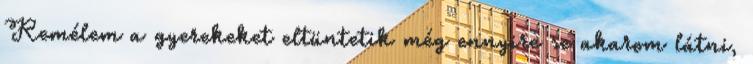
Remélem a gyerekeket eltüntetik még ennyire se akarom látni,